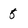
Character: 5